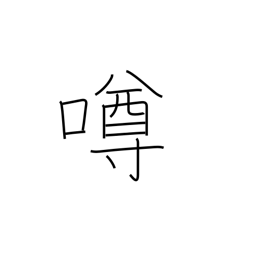
Meaning: gossip